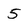
Character: 5